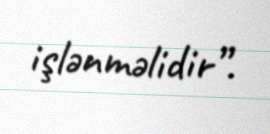
işlənməlidir”.